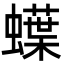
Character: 蠂